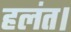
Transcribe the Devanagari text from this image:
हलंत।